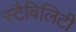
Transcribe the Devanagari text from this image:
स्टैबिलिटी